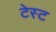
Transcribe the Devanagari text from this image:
टेस्‍ट